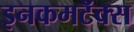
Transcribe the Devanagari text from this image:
इनकमटॅक्स